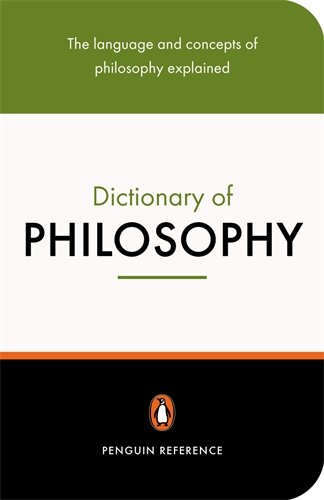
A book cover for The Penguin Dictionary of Philosophy (Penguin Reference); Politics & Social Sciences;